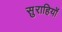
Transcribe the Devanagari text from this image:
सुराहियों